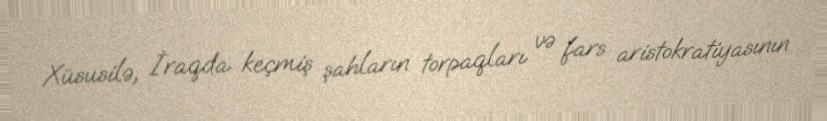
Xüsusilə, İraqda keçmiş şahların torpaqları və fars aristokratiyasının